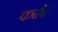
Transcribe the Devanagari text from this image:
कळे।